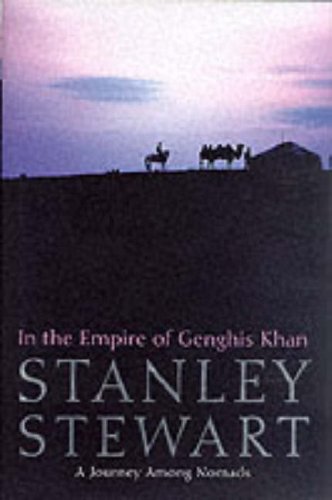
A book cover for In the Empire of Genghis Khan: A Journey Among Nomads; STANLEY STEWART; Travel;